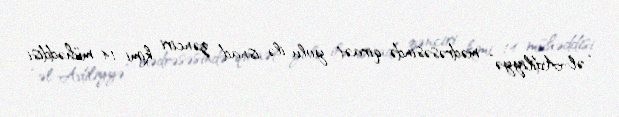
“əl-Adiliyyə” mədrəsəsində qiraət yolu ilə isnad zənciri kimi 14 mühəddisi